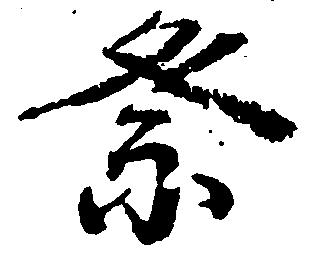
祭